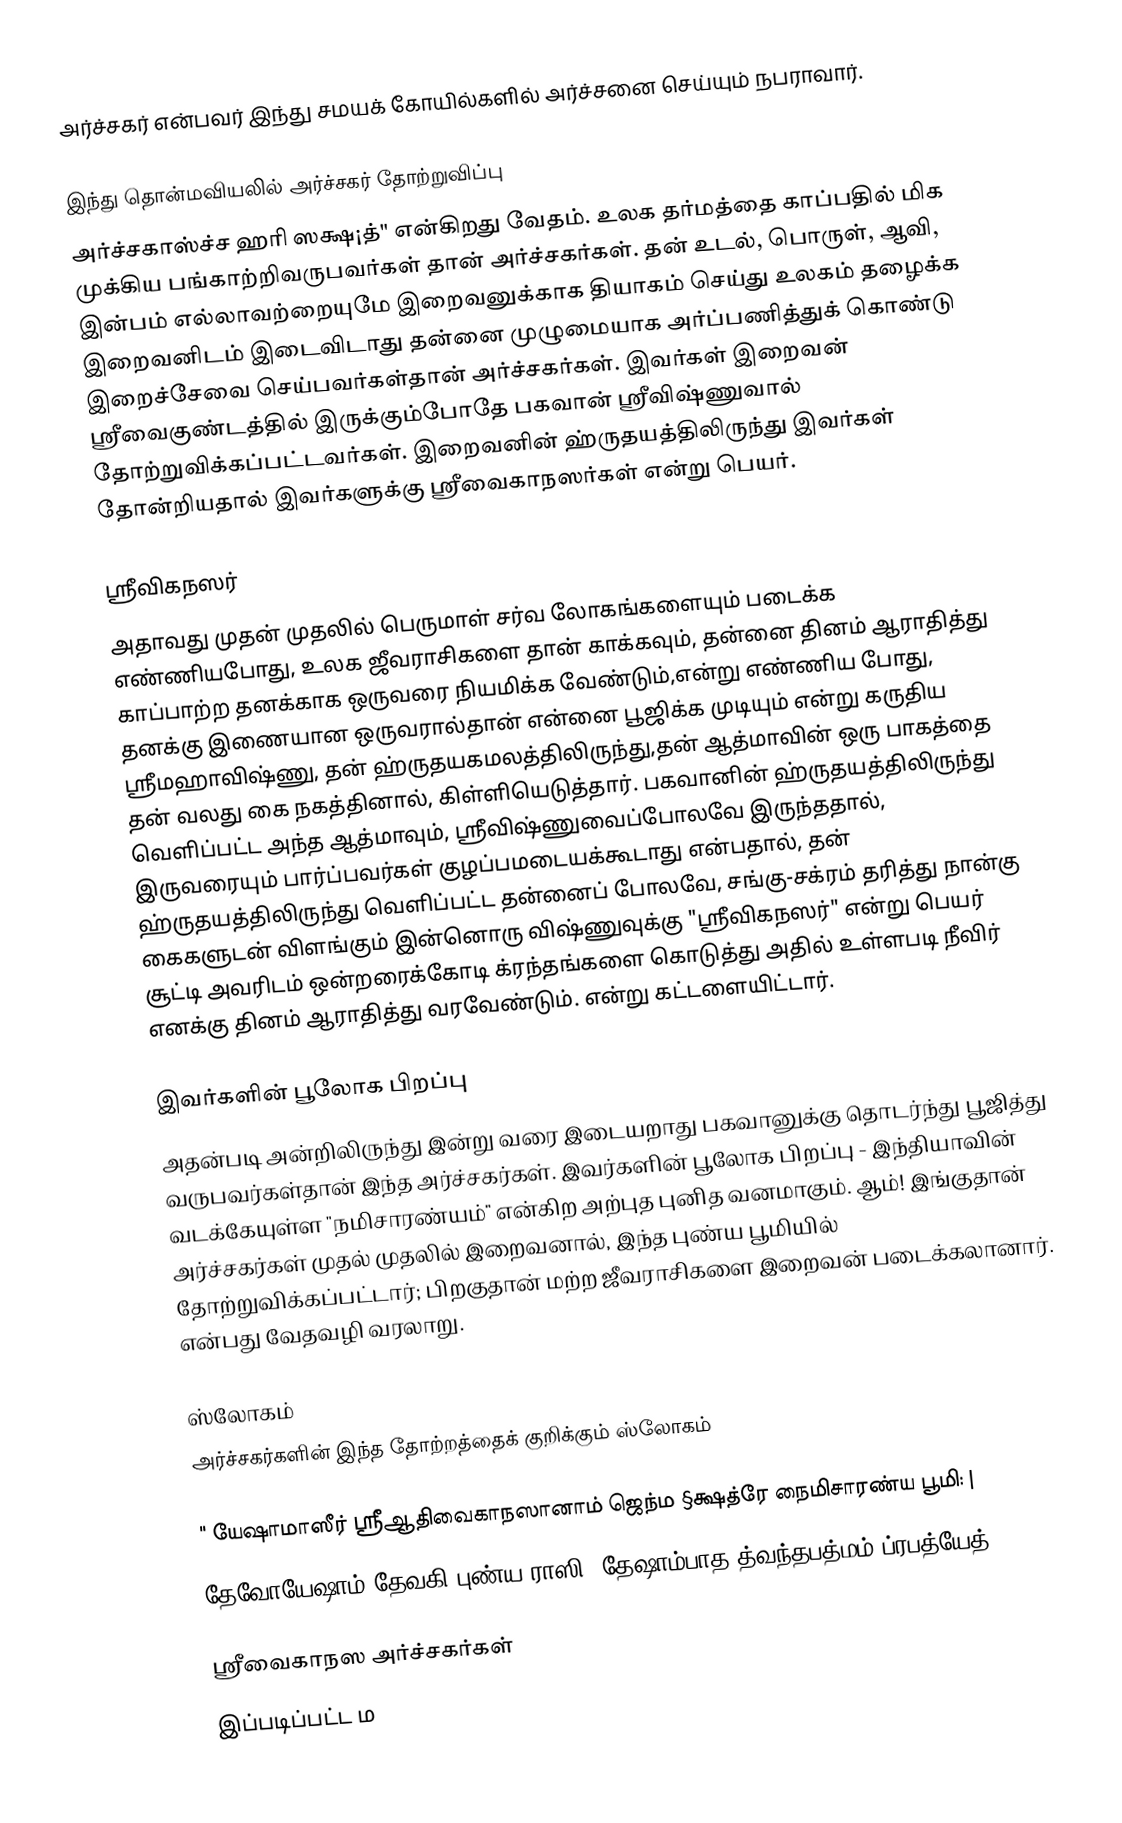
அர்ச்சகர் என்பவர் இந்து சமயக் கோயில்களில் அர்ச்சனை செய்யும் நபராவார்.

இந்து தொன்மவியலில் அர்ச்சகர் தோற்றுவிப்பு
அர்ச்சகாஸ்ச்ச ஹரி ஸக்ஷ¡த்" என்கிறது வேதம். உலக தர்மத்தை காப்பதில் மிக முக்கிய பங்காற்றிவருபவர்கள் தான் அர்ச்சகர்கள்.  தன் உடல், பொருள், ஆவி, இன்பம் எல்லாவற்றையுமே இறைவனுக்காக தியாகம் செய்து உலகம் தழைக்க இறைவனிடம் இடைவிடாது தன்னை முழுமையாக அர்ப்பணித்துக் கொண்டு இறைச்சேவை செய்பவர்கள்தான் அர்ச்சகர்கள். இவர்கள் இறைவன் ஸ்ரீவைகுண்டத்தில் இருக்கும்போதே பகவான் ஸ்ரீவிஷ்ணுவால் தோற்றுவிக்கப்பட்டவர்கள். இறைவனின் ஹ்ருதயத்திலிருந்து இவர்கள் தோன்றியதால் இவர்களுக்கு ஸ்ரீவைகாநஸர்கள் என்று பெயர்.

ஸ்ரீவிகநஸர்
அதாவது முதன் முதலில் பெருமாள் சர்வ லோகங்களையும் படைக்க எண்ணியபோது, உலக ஜீவராசிகளை தான் காக்கவும், தன்னை தினம் ஆராதித்து காப்பாற்ற தனக்காக ஒருவரை நியமிக்க வேண்டும்,என்று எண்ணிய போது, தனக்கு இணையான ஒருவரால்தான் என்னை பூஜிக்க முடியும் என்று கருதிய ஸ்ரீமஹாவிஷ்ணு, தன் ஹ்ருதயகமலத்திலிருந்து,தன் ஆத்மாவின் ஒரு பாகத்தை தன் வலது கை நகத்தினால், கிள்ளியெடுத்தார். பகவானின் ஹ்ருதயத்திலிருந்து வெளிப்பட்ட அந்த ஆத்மாவும், ஸ்ரீவிஷ்ணுவைப்போலவே இருந்ததால், இருவரையும் பார்ப்பவர்கள் குழப்பமடையக்கூடாது என்பதால், தன் ஹ்ருதயத்திலிருந்து வெளிப்பட்ட தன்னைப் போலவே, சங்கு-சக்ரம் தரித்து நான்கு கைகளுடன் விளங்கும் இன்னொரு விஷ்ணுவுக்கு "ஸ்ரீவிகநஸர்" என்று பெயர் சூட்டி அவரிடம் ஒன்றரைக்கோடி க்ரந்தங்களை கொடுத்து அதில் உள்ளபடி நீவிர் எனக்கு தினம் ஆராதித்து வரவேண்டும். என்று கட்டளையிட்டார்.

இவர்களின் பூலோக பிறப்பு
அதன்படி அன்றிலிருந்து இன்று வரை இடையறாது பகவானுக்கு தொடர்ந்து பூஜித்து வருபவர்கள்தான் இந்த அர்ச்சகர்கள். இவர்களின் பூலோக பிறப்பு - இந்தியாவின் வடக்கேயுள்ள "நமிசாரண்யம்" என்கிற அற்புத புனித வனமாகும். ஆம்! இங்குதான் அர்ச்சகர்கள் முதல் முதலில் இறைவனால், இந்த புண்ய பூமியில் தோற்றுவிக்கப்பட்டார்; பிறகுதான் மற்ற ஜீவராசிகளை இறைவன் படைக்கலானார். என்பது வேதவழி வரலாறு.

ஸ்லோகம்
அர்ச்சகர்களின் இந்த தோற்றத்தைக் குறிக்கும் ஸ்லோகம்

  " யேஷாமாஸீர் ஸ்ரீஆதிவைகாநஸானாம் ஜெந்ம §க்ஷத்ரே நைமிசாரண்ய பூமி: |
   தேவோயேஷாம் தேவகி புண்ய ராஸி: தேஷாம்பாத த்வந்தபத்மம் ப்ரபத்யேத்||"

ஸ்ரீவைகாநஸ அர்ச்சகர்கள்
இப்படிப்பட்ட ம